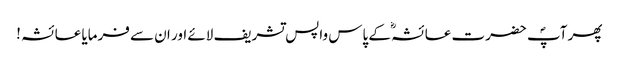
پھر آپؐ حضرت عائشہؓ کے پاس واپس تشریف لائے اور ان سے فرمایا عائشہ !